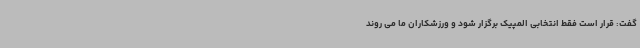
گفت: قرار است فقط انتخابی المپیک برگزار شود و ورزشکاران ما می روند